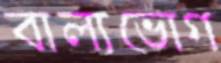
বাল্যভোগ